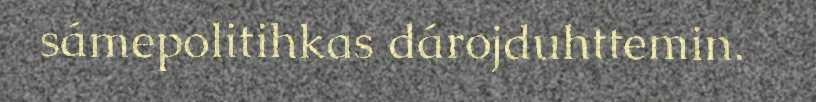
sámepolitihkas dárojduhttemin.